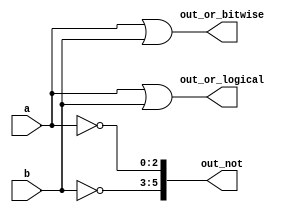
module top_module( 
    input [2:0] a,
    input [2:0] b,
    output [2:0] out_or_bitwise,
    output out_or_logical,
    output [5:0] out_not
);
    assign out_or_bitwise = a | b;
    assign out_or_logical = a||b;
    assign out_not = {~b[2:0],~a[2:0] };
endmodule

/*
- Bitwise Operator / Logical Opertor
	- Bitwise Or  ''  Logical Operator  0 1.
	- Logical Operator     0    
	-  a, b output    


    assign out_or_bitwise = {3'b0, a} | {3'b0, b};
*/